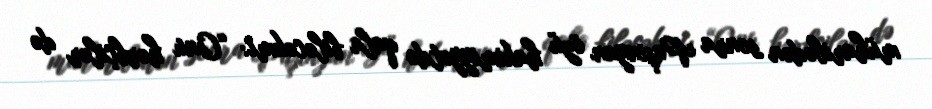
müharibədən sonra Paşinyan özü hakimiyyətdə qala biləcəkmi: “Onu hərbçilər də